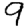
Digit: 9